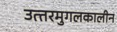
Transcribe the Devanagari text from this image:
उत्‍तरमुगलकालीन